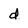
Character: d